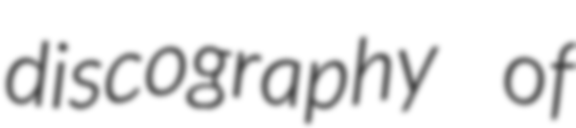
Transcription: discography of